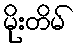
မိုးတိမ်